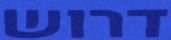
דרוש